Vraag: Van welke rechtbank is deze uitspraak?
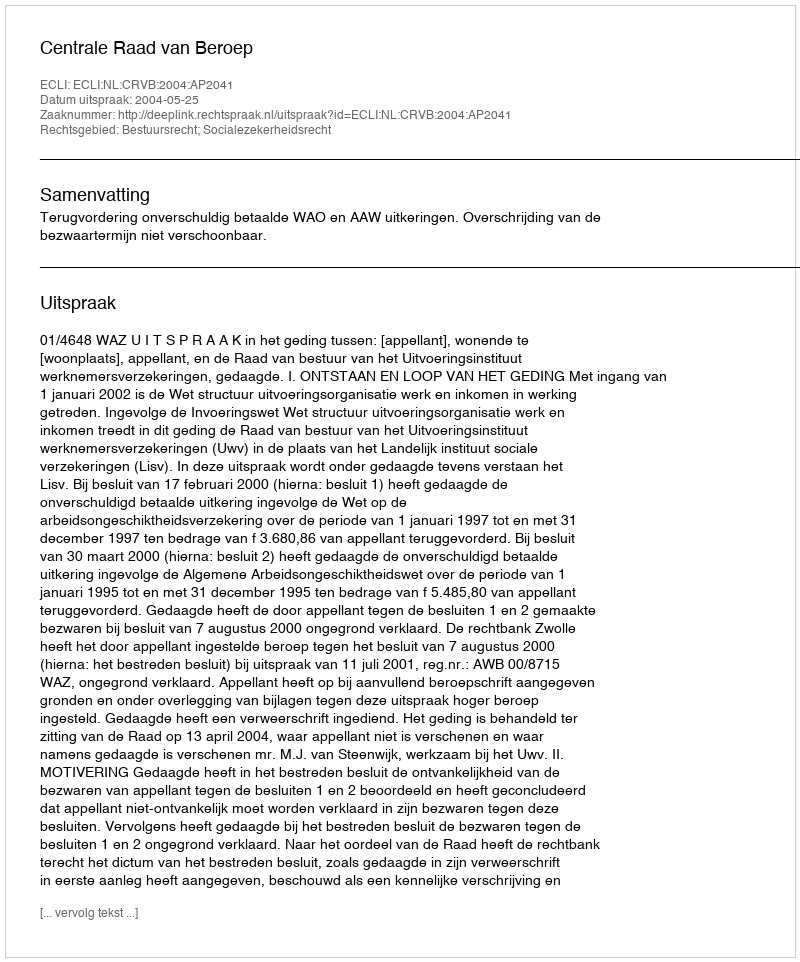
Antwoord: Centrale Raad van Beroep